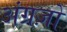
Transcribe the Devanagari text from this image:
अंग्रज़ो